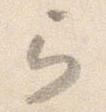
弓